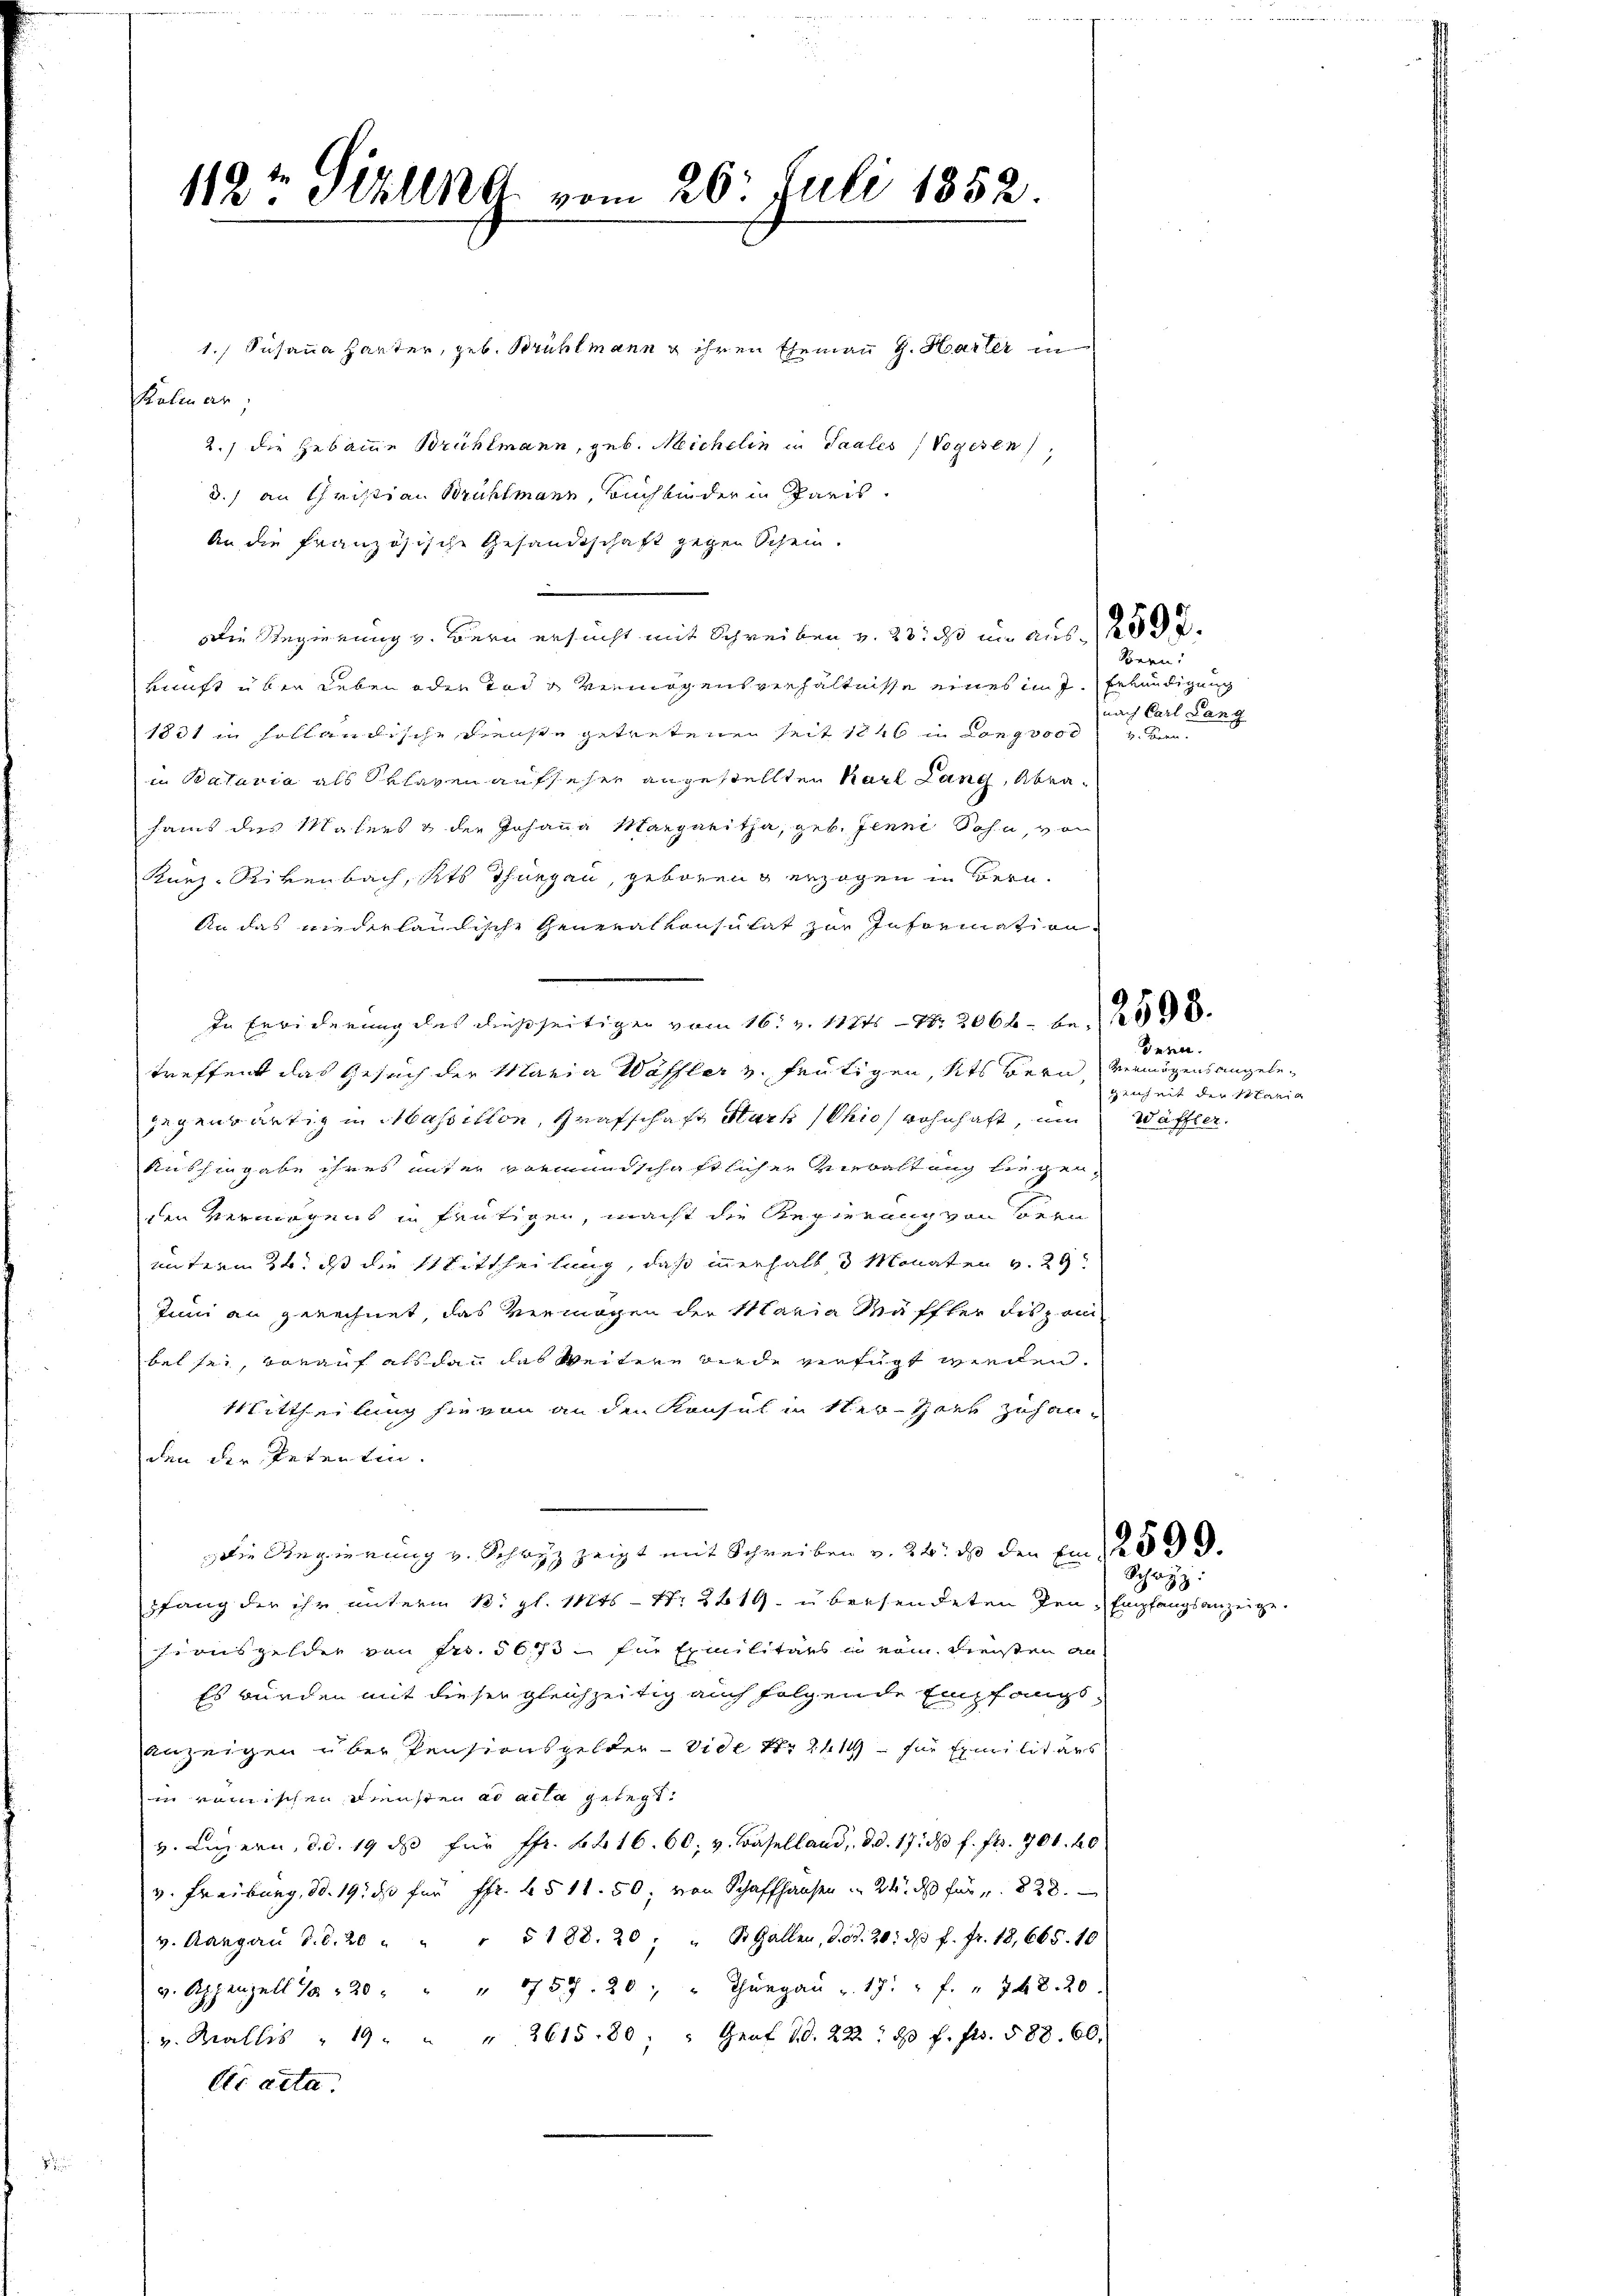
112t Sizlena vom 26. Juli 1852

1.) Susanna Harter, geb. Brühlmann & ihren Ehemann G. Harter in
Kolmar,
2.) die Hebame Brühlmann, geb. Michelin in Saales, Vogesen,
3.) an Christian Brühlmann, Buchbinder in Paris.
An die französische Gesandtschaft gegen Schein.
Die Regierung v. Bern ersucht mit Schreiben v. 23. ds um aus d
kunft über Leben oder Tode vermögensverhältnisse eines im J. Erkundigung
1831 in solländische Dienste getretenen seit 1846 in Long 3000 u. den
in Bataria als Sklaven aufseher angestellten Karl Lang, Abrasains des Malers & der Johanna Margaritha, geb. Jenne Sohn, von
Kurz-Rikenbach, Kts. Thurgau, geboren erzogen in Bern.
An das niederländische Generalkonsulat zur Information.
In Erwiderung des dießseitigen vom 16. v. 11215 - 7. 2064 be
treffend das Gesuch der Maria Wässler v. Frutigen, Kts Bern, vermögensangelegegenwärtig in Massition, Grafschaft Mark (Chio wohnhaft, um Wäffler.
Aushingabe ihres unter vormundschaftlicher Verwaltung liegenden Vermögens in heutigen, macht die Regierung von Bern
unterm 24. ds die Mittheilung, daß innerhalb 3 Monaten v. 29
Juni an gerechnet, das vermögen der Maria Mäffler dispon
bel sei, vorauf alsdann das Weitere wurde verfügt werden.
Mittheilung hievon an den Konsul in Ner-Horb zuhanden der Petentin.
Die Regierung v. Schwyz zeigt mit Schreiben v. 24. ds den Ein . 259.
pfang der ihr unterm 13. gl. Mts. S. 2419. übersendeten Pen-Empfangsanzeige.
Pinsgelder von Fr. 5673 - zur Exmilitärs in vom Freisten an
Es wurden mit dieser gleichzeitig auch folgende Empfangsanzeigen über Pensionsgelder Vide Nr. 241 für Emilitars
in römischen Diensten ad acta gelegt.
v. Luzern, d. d. 19 de für ffr. 6416. 60. v. Baselland, d. d. 17. ds. f. fl. 701. 40
v. Freiburg, d. 19. ds für Fr. 6 § 11. 50, von Schaffhausen . 24. ds für " 828.
v. Aargau d. d. 20 " " " 5188. 20 " B Gallen, d. d. 20. ds. f. fr. 18, 665. 10
v. Appenzell 10 " 20 " " " 1757. 20 " " Thŭrgaŭ u. 17. " f. " 748. 20
v. Wallis 19 " " " 2615. 80 " Graf 10. 222. 80 f. fr. 588. 60.
Ar acta.

Boern:
nach Carl Lang

Jena.
genheit der Schania

Schwyz: